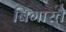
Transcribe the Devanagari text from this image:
बिगारते